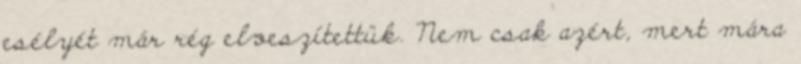
esélyét már rég elveszítettük. Nem csak azért, mert mára